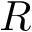
R